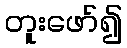
တူးဖော်၍